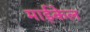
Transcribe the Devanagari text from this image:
माईकेल